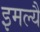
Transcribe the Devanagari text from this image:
इमल्यै